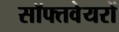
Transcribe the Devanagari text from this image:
सॉफ्तवेयरों